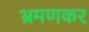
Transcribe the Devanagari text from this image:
भ्रमणकर